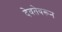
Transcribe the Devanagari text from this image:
देवतेवरून